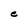
Character: e